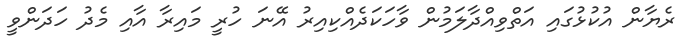
ރެޔާން އުކުޅުގައި އަތްވިއްދާލަމުން ވާހަކަދެއްކިއިރު އޭނަ ހުރީ މައިރާ އާއި މެދު ހަދަންވީ